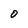
Character: O